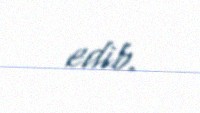
edib.